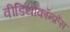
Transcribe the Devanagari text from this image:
वीडियोकॉन्फ्रेंस